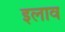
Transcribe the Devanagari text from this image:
इलाव